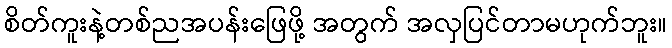
စိတ်ကူးနဲ့တစ်ညအပန်းဖြေဖို့ အတွက် အလှပြင်တာမဟုက်ဘူး။